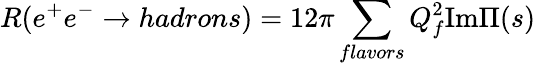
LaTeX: R(e^{+}e^{-}\rightarrow hadrons)=12\pi\sum_{flavors}Q_{f}^{2}\mathrm{Im}\Pi(s)